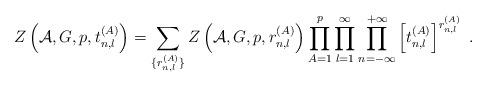
LaTeX: \begin{align*}Z\left({\cal A},G,p,t^{(A)}_{n,l}\right) = \sum_{\{r^{(A)}_{n,l}\}}Z\left({\cal A},G,p,r^{(A)}_{n,l}\right) \prod_{A=1}^p \prod_{l=1}^{\infty}\prod_{n=-\infty}^{+\infty} \left[t_{n,l}^{(A)}\right]^{r^{(A)}_{n,l}}~.\end{align*}